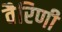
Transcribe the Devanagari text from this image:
वैरिणी